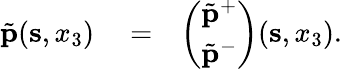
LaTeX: \begin{array}{rlr}{\tilde{\mathbf p}({\mathbf s},x_{3})}&{{}=}&{\left(\begin{array}{l}{\tilde{\mathbf p}^{+}}\\ {\tilde{\mathbf p}^{-}}\end{array}\right)({\mathbf s},x_{3}).}\end{array}